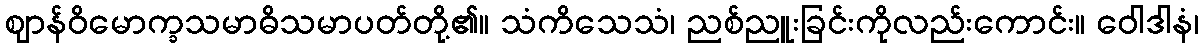
ဈာန်ဝိမောက္ခသမာဓိသမာပတ်တို့၏။ သံကိသေသံ၊ ညစ်ညူးခြင်းကိုလည်းကောင်း။ ဝေါဒါနံ၊